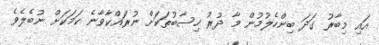
އައި މިބާރު ގަދަ ބިންހެލުމުން މާ ދުރު ހިސާބުތަކަށް ނުރައްކާވާނެ ކަމަކަށް ނުބެލެވެ